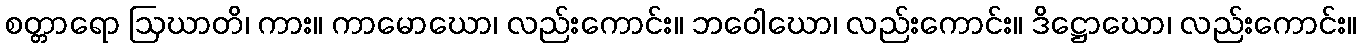
စတ္တာရော ဩဃာတိ၊ ကား။ ကာမောဃော၊ လည်းကောင်း။ ဘဝေါဃော၊ လည်းကောင်း။ ဒိဋ္ဌောဃော၊ လည်းကောင်း။